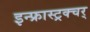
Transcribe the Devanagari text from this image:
इन्फ्रास्ट्रक्चर्